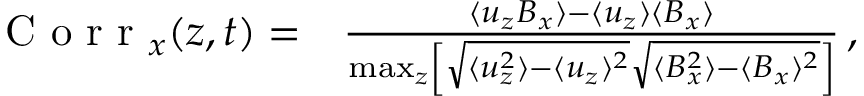
\begin{array} { r l } { \mathrm { ~ C ~ o ~ r ~ r ~ } _ { x } ( z , t ) = } & { { } \frac { \langle u _ { z } B _ { x } \rangle - \langle u _ { z } \rangle \langle B _ { x } \rangle } { \operatorname* { m a x } _ { z } \left[ \sqrt { \langle u _ { z } ^ { 2 } \rangle - \langle u _ { z } \rangle ^ { 2 } } \sqrt { \langle B _ { x } ^ { 2 } \rangle - \langle B _ { x } \rangle ^ { 2 } } \right] } \, , } \end{array}